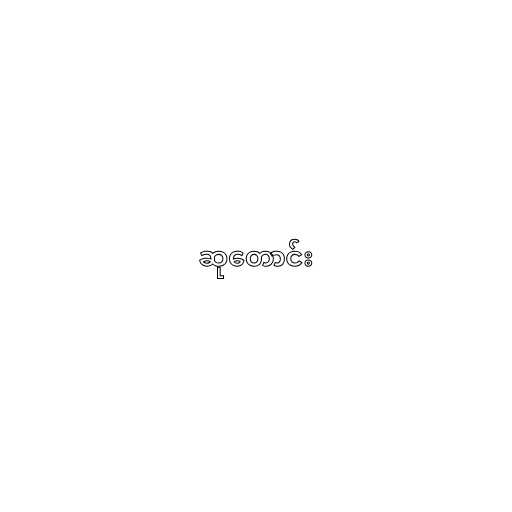
ဆုတောင်း